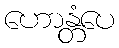
ဟောန္တံပေ